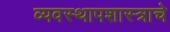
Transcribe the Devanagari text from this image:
व्यवस्थापशास्त्राचे